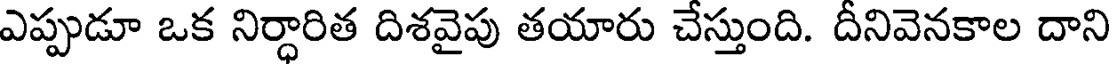
ఎప్పుడూ ఒక నిర్ధారిత దిశవైపు తయారు చేస్తుంది. దీనివెనకాల దాని